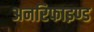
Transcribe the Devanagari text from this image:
अनरिफाइण्ड